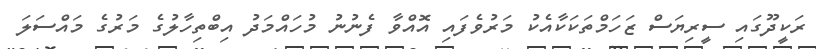
ރަކީދޫގައި ސީރިޔަސް ޒަހަމްތަކަކާއެކު މަރުވެފައި އޮއްވާ ފެނުނު މުހައްމަދު އިބްތިހާލުގެ މަރުގެ މައްސަލަ